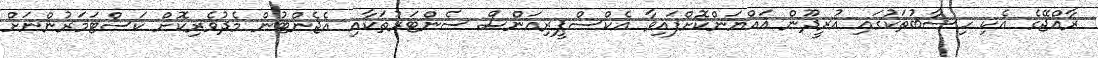
ރާއްޖޭގެ އެކި ހިސާބުތަކުގައި އުރީދޫން އައްޔަންކޮށްފައިވާ އެކްސްޕީރިއަންސް ސެންޓަރުތަކާއި އެޖެންޓުން މެދުވެރިކޮށް ކަސްޓަމަރުންނަށް